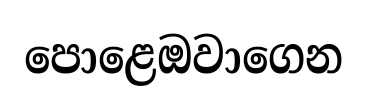
පොළෙඔවාගෙන